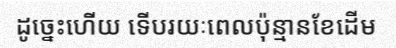
ដូច្នេះហើយ ទើបរយៈពេលប៉ុន្មានខែដើម